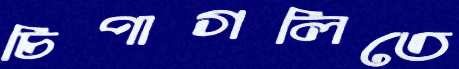
চিপাগলিতে